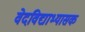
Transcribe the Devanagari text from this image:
वेदविद्याभ्यासक